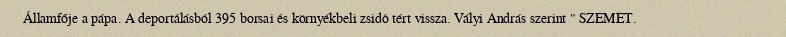
Államfője a pápa. A deportálásból 395 borsai és környékbeli zsidó tért vissza. Vályi András szerint " SZEMET.